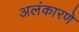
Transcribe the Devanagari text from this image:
अलंकारणे